Annual administration report of the Civil Veterinary Department of India - 1898-1899
Year: 1898
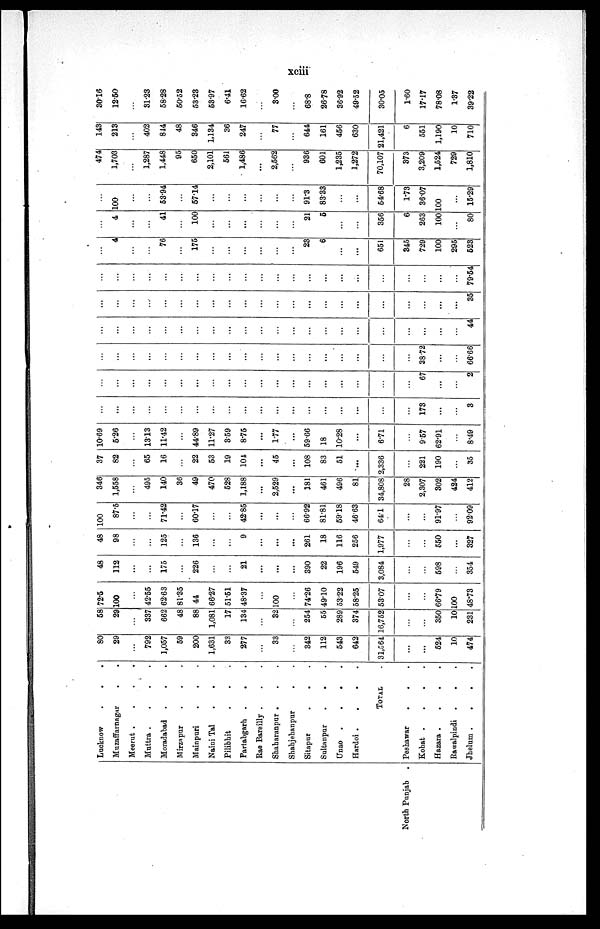
xciii
North Punjab .
Lucknow
.
. .
Muzaffarnagar . .
Meerut .
.
.
.
Muttra .
.
.
.
Moradabad . . .
Mirzapur . . .
Mainpuri . . .
Naini Tal . . .
Pilibhit . . .
Partabgarh .
. .
Rae Bareilly . . .
Shaharanpur . . .
Shahjehanpur . .
Sitapui . . .
Sultanpur
. . .
Unao . . . .
Hardoi .
.
.
.
TOTAL
Peshawar
.
. .
Kohat .
.
.
.
Hazara .
.
.
.
Rawalpindi
Jhelum .
.
.
.
80
29
...
792
1,057
59
200
1,631
33
277
...
33
...
342
112
543
642
31,564
...
...
524
10
474
58
29
...
337
662
48
88
1,081
17
134
...
32
...
254
55
289
374
16,752
...
...
350
10
231
72.5
100
...
42.55
62.63
81.35
44
66.27
51.51
48.37
...
100
...
74.26
49.10
53.22
58.25
53.07
...
...
66.79
100
48.73
48
112
...
...
175
...
226
...
...
21
...
...
...
390
22
196
549
3,084
...
...
598
...
354
48
98
...
...
125
...
136
...
...
9
...
...
...
261
18
116
256
1,977
...
...
550
...
327
100
87.5
...
...
71.42
...
60.17
...
...
42.85
...
...
...
66.92
81.81
59.18
46.63
64.1
...
...
91.97
...
92.09
346
1,558
...
495
140
36
49
470
528
1,188
...
2,529
...
181
461
496
81
34,808
28
2,307
302
424
412
37
82
...
65
16
...
22
53
19
104
...
45
...
108
83
51
...
2,336
...
221
190
...
35
10.69
5.26
13.13
11.42
...
44.89
11.27
359
8.75
...
1.77
...
59.66
18
10.28
...
6.71
...
9.57
62.91
...
8.49
...
...
...
...
...
...
...
...
...
...
...
...
...
...
...
...
...
...
...
173
...
...
3
...
...
...
...
...
...
...
...
...
...
...
...
...
...
...
...
...
...
...
67
...
...
2
...
...
...
...
...
...
...
...
...
...
...
...
...
...
...
...
...
...
...
38.72
...
...
66.66
...
...
...
...
...
...
...
...
...
...
...
...
...
...
...
...
...
...
...
...
...
...
44
...
...
...
...
...
...
...
...
...
...
...
...
...
...
...
...
...
...
...
...
...
...
35
...
...
...
...
...
...
...
...
...
...
...
...
...
...
...
...
...
...
...
...
...
...
79.54
...
4
...
...
76
...
175
...
...
...
...
...
...
23
6
...
...
651
345
729
100
295
523
...
4
...
...
41
...
100
...
...
...
...
...
...
21
5
...
...
356
6
263
100
...
80
...
100
...
...
53.94
...
57.14
...
...
...
...
...
...
91.3
83.33
...
...
54.68
1.73
36.07
100
...
15.29
474
1,703
...
1,287
1,448
95
650
2,101
561
1,486
...
2,562
...
936
601
1,235
1,272
70,107
373
3,209
1,524
729
1,810
143
213
...
402
814
48
346
1,134
36
247
...
77
...
644
161
456
630
21,421
6
551
1,190
10
710
30.16
12.50
...
31.23
58.28
50.52
53.23
53.97
6.41
16.62
...
3.00
...
68.8
26.78
36.92
49.52
30.05
1.60
17.17
78.08
1.37
39.22